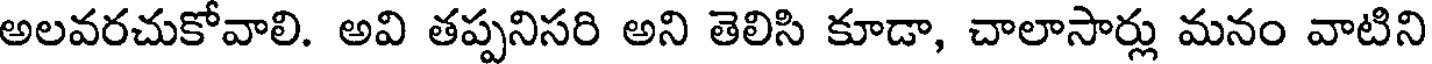
అలవరచుకోవాలి. అవి తప్పనిసరి అని తెలిసి కూడా, చాలాసార్లు మనం వాటిని